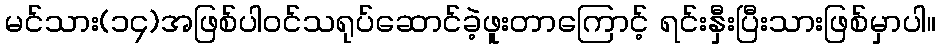
မင်သား(၁၄)အဖြစ်ပါဝင်သရုပ်ဆောင်ခဲ့ဖူးတာကြောင့် ရင်းနှီးပြီးသားဖြစ်မှာပါ။